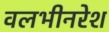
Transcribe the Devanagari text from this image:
वलभीनरेश